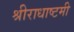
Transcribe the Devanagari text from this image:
श्रीराधाष्टमी